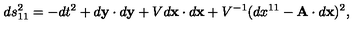
d s _ { 1 1 } ^ { 2 } = - d t ^ { 2 } + d { \bf y } \cdot d { \bf y } + V d { \bf x } \cdot d { \bf x } + V ^ { - 1 } ( d x ^ { 1 1 } - { \bf A } \cdot d { \bf x } ) ^ { 2 } ,